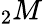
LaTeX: _{2}M